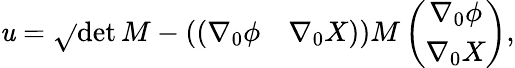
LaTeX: \mathit{u}=\sqrt{}{{\operatorname*{det}{M}-\left(\begin{array}{cc}{{(\nabla_{0}\phi}}&{{\nabla_{0}X)}}\end{array}\right)M\left(\begin{array}{c}{{\nabla_{0}\phi}}\\ {{\nabla_{0}X}}\end{array}\right)}},